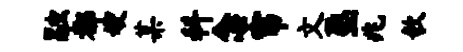
融都嫂某科念帘文塾兆欹